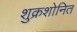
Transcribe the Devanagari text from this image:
शुक्रशोनित